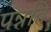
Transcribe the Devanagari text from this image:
पन्नति